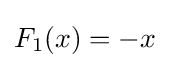
F_{1}(x)=-x